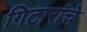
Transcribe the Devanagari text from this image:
गिटारांचे